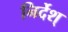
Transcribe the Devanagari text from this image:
निर्देश्